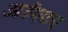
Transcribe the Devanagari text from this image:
आईएफ़ए